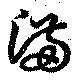
満